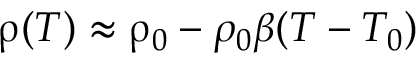
\uprho ( T ) \approx \uprho _ { 0 } - \rho _ { 0 } \beta ( T - T _ { 0 } )